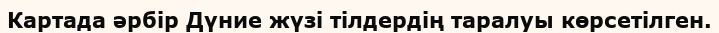
Картада әрбiр Дүние жүзі тілдердің таралуы көрсетiлген.